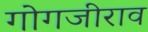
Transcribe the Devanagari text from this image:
गोगजीराव